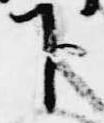
下